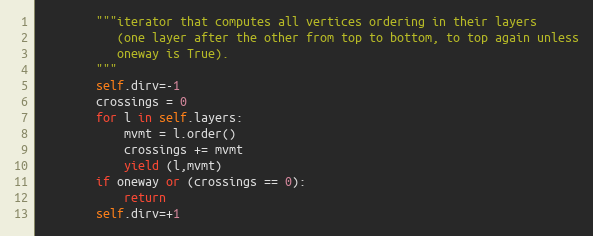
Language: Python
        """iterator that computes all vertices ordering in their layers
           (one layer after the other from top to bottom, to top again unless
           oneway is True).
        """
        self.dirv=-1
        crossings = 0
        for l in self.layers:
            mvmt = l.order()
            crossings += mvmt
            yield (l,mvmt)
        if oneway or (crossings == 0):
            return
        self.dirv=+1